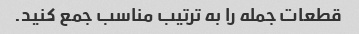
قطعات جمله را به ترتیب مناسب جمع کنید.